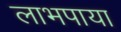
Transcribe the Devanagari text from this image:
लाभपाया